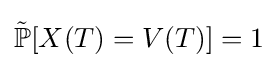
{\tilde {\mathbb {P} }}[X(T)=V(T)]=1